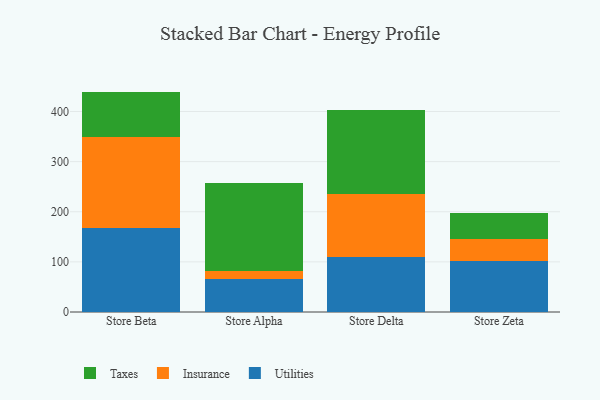
{"axis": {"x": "Store", "y": "Population (Million)"}, "legend": ["Insurance", "Taxes", "Utilities"], "data": [{"x": "Store Beta", "y": 168.5, "type": "Utilities"}, {"x": "Store Beta", "y": 179.9, "type": "Insurance"}, {"x": "Store Beta", "y": 91.3, "type": "Taxes"}, {"x": "Store Alpha", "y": 65.4, "type": "Utilities"}, {"x": "Store Alpha", "y": 15.7, "type": "Insurance"}, {"x": "Store Alpha", "y": 175.8, "type": "Taxes"}, {"x": "Store Delta", "y": 108.8, "type": "Utilities"}, {"x": "Store Delta", "y": 127.3, "type": "Insurance"}, {"x": "Store Delta", "y": 167.2, "type": "Taxes"}, {"x": "Store Zeta", "y": 102.7, "type": "Utilities"}, {"x": "Store Zeta", "y": 43.8, "type": "Insurance"}, {"x": "Store Zeta", "y": 50.8, "type": "Taxes"}]}